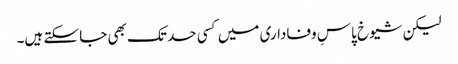
لیکن شیوخ پاسِ وفاداری میں کسی حد تک بھی جا سکتے ہیں۔